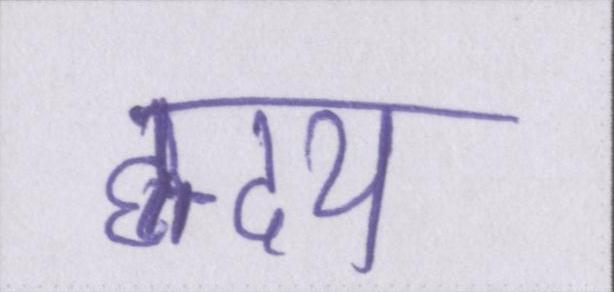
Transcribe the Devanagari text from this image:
ह्रदय